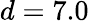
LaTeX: d=7.0